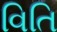
વિતિ